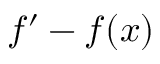
f ^ { \prime } - f ( x )